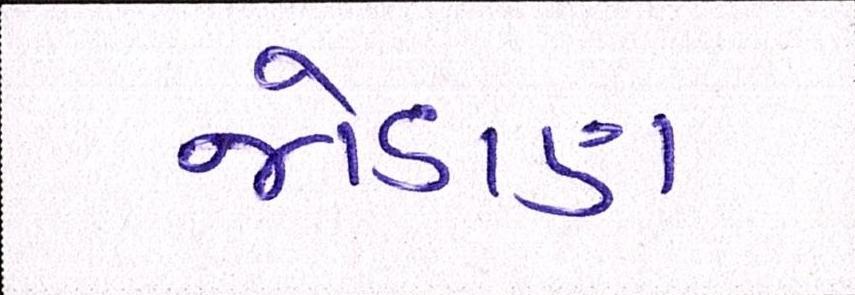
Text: જોડાણ